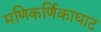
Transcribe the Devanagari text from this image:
मणिकर्णिकाघाट